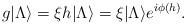
LaTeX: \begin{align*}g |\Lambda \rangle = \xi h |\Lambda \rangle = \xi |\Lambda \rangle e^{i\phi(h)}.\end{align*}